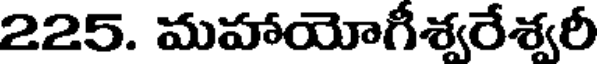
225. మహాయోగీశ్వరేశ్వరీ